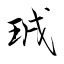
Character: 珬